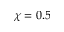
\chi = 0 . 5